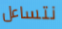
نتساءل